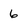
Character: 6